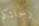
رحلتكم